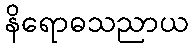
နိရောဓသညာယ